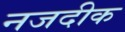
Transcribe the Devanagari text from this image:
नजदीक